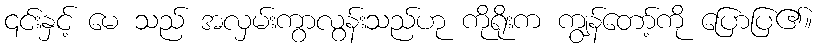
၎င်းနှင့် မေ သည် အလှမ်းကွာလွန်းသည်ဟု ကိုရိုးက ကျွန်တော့်ကို ပြောပြ၏။